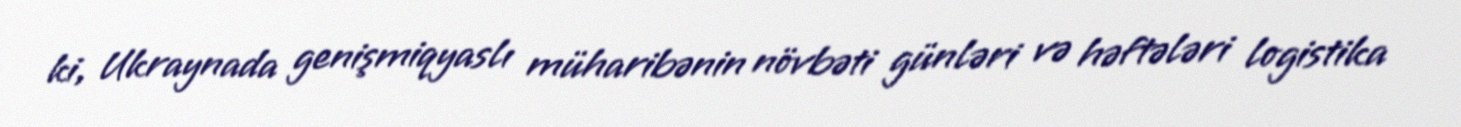
ki, Ukraynada genişmiqyaslı müharibənin növbəti günləri və həftələri logistika